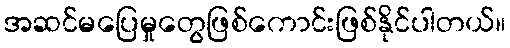
အဆင်မပြေမှုတွေဖြစ်ကောင်းဖြစ်နိုင်ပါတယ်။